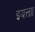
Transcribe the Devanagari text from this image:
इयत्ताा